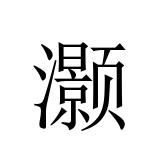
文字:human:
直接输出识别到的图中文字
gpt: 灏